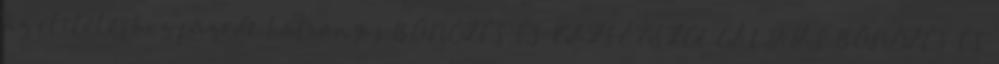
az elítéléshez fűződő hátrányos BŰNÖZÉS ÉS IGAZSÁGSZOLGÁLTATÁS BŰNÖZÉS ÉS